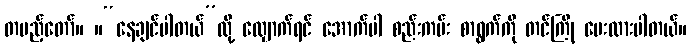
တပည့်တော်။ ။“နေချင်ပါတယ်”လို့ လျှောက်ရင် အောက်ပါ စည်းကမ်း စာရွက်ကို တင်ကြို ပေးထားပါတယ်။